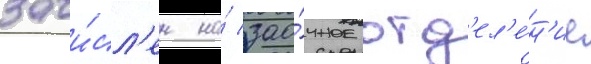
зачи́сл'ен на́ зао́чное отд'ел'е́н'ие